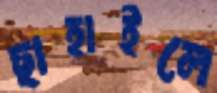
ছাহাইলে